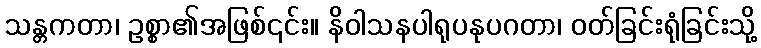
သန္တကတာ၊ ဥစ္စာ၏အဖြစ်၎င်း။ နိဝါသနပါရုပနုပဂတာ၊ ဝတ်ခြင်းရုံခြင်းသို့